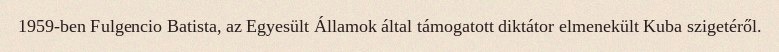
1959-ben Fulgencio Batista, az Egyesült Államok által támogatott diktátor elmenekült Kuba szigetéről.